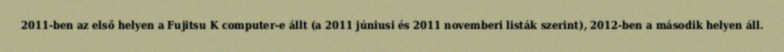
2011-ben az első helyen a Fujitsu K computer-e állt (a 2011 júniusi és 2011 novemberi listák szerint), 2012-ben a második helyen áll.